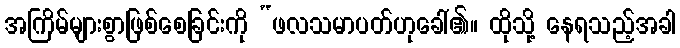
အကြိမ်များစွာဖြစ်စေခြင်းကို “ဖလသမာပတ်ဟုခေါ်၏။ ထိုသို့ နေရသည့်အခါ